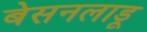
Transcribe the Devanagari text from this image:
बेसनलाडू